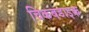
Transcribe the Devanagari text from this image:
चिकबडाइक